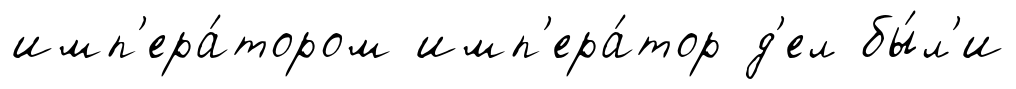
имп'ера́тором имп'ера́тор д'ел бы́л'и